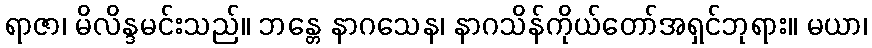
ရာဇာ၊ မိလိန္ဒမင်းသည်။ ဘန္တေ နာဂသေန၊ နာဂသိန်ကိုယ်တော်အရှင်ဘုရား။ မယာ၊